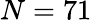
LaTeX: N=71